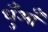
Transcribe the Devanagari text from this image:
धुँआँ